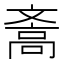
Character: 𪯪